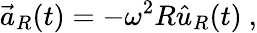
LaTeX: {\vec{a}}_{R}(t)=-\omega^{2}R{\hat{u}}_{R}(t)\ ,